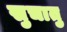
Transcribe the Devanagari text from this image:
सुचातु